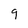
Character: 9